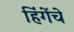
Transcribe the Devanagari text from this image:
हिंगेंचे